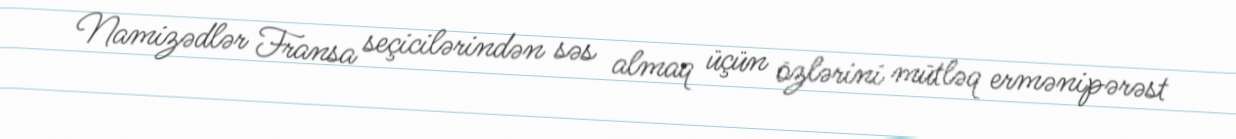
Namizədlər Fransa seçicilərindən səs almaq üçün özlərini mütləq ermənipərəst